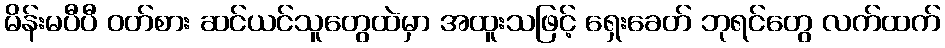
မိန်းမပီပီ ဝတ်စား ဆင်ယင်သူတွေထဲမှာ အထူးသဖြင့် ရှေးခေတ် ဘုရင်တွေ လက်ထက်